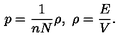
p = \frac { 1 } { n N } \rho , \ \rho = \frac { E } { V } .